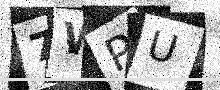
Text: 7WPU